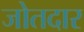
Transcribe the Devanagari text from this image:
जोतदार